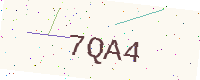
Text: 7QA4